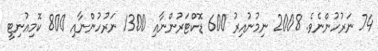
74 ނަރުހުންނެވެ. 2008 ނިމުނުއިރު 600 ޑޮކްޓަރުންނާއި 1300 ނަރުހުންނާއި 800 ކޮމިއުނިޓީ